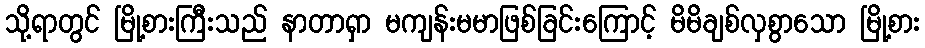
သို့ရာတွင် မြို့စားကြီးသည် နာတာရှာ မကျန်းမမာဖြစ်ခြင်းကြောင့် မိမိချစ်လှစွာသော မြို့စား